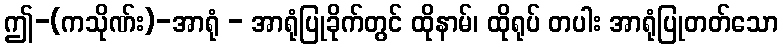
ဤ-(ကသိုဏ်း)-အာရုံ - အာရုံပြုခိုက်တွင် ထိုနာမ်၊ ထိုရုပ် တပါး အာရုံပြုတတ်သော